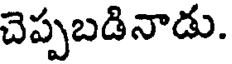
చెప్పబడినాడు.